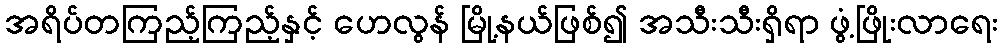
အရိပ်တကြည့်ကြည့်နှင့် ဟေလွန် မြို့နယ်ဖြစ်၍ အသီးသီးရှိရာ ဖွံ့ဖြိုးလာရေး